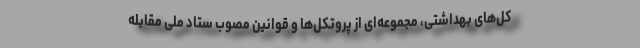
کل‌های بهداشتی، مجموعه‌ای از پروتکل‌ها و قوانین مصوب ستاد ملی مقابله